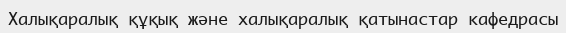
Халықаралық құқық және халықаралық қатынастар кафедрасы